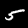
Label: 5